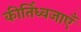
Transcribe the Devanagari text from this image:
कीर्तिध्वजाएँ